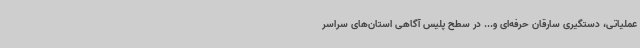
عملیاتی، دستگیری سارقان حرفه‌ای و... در سطح پلیس آگاهی استان‌های سراسر